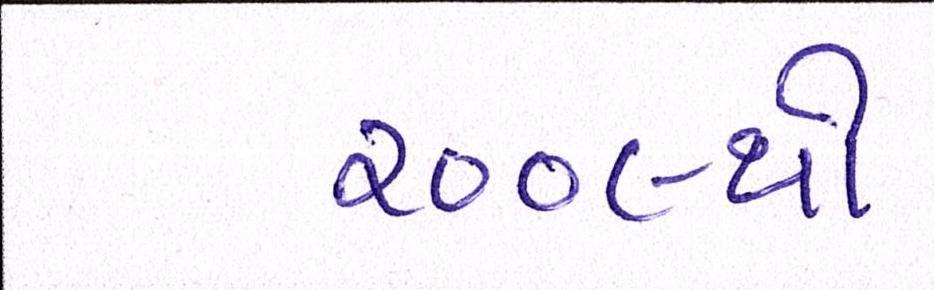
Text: ૨૦૦૯થી